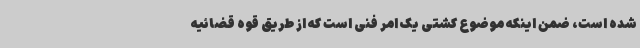
شده است، ضمن اینکه موضوع کشتی یک امر فنی است که از طریق قوه قضائیه